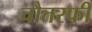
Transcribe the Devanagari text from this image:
चौतरफी